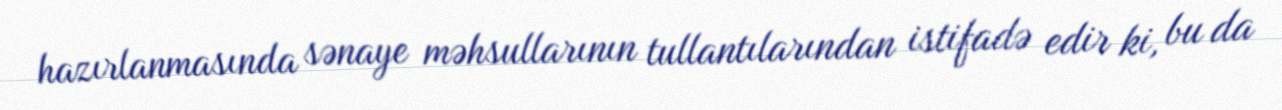
hazırlanmasında sənaye məhsullarının tullantılarından istifadə edir ki, bu da